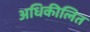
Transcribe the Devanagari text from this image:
अधिकीलित